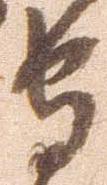
守